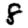
Digit: 8